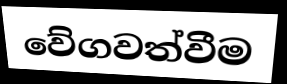
වේගවත්වීම